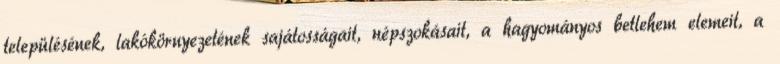
településének, lakókörnyezetének sajátosságait, népszokásait, a hagyományos betlehem elemeit, a